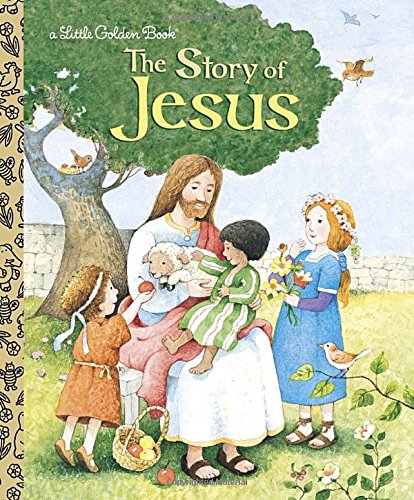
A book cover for The Story of Jesus (Little Golden Book); Jane Werner Watson; Children's Books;